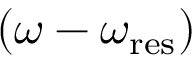
\left( \omega - \omega _ { \mathrm { r e s } } \right)